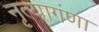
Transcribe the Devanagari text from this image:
नृत्यागंणा